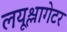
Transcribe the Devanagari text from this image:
लयूश्लागेटर